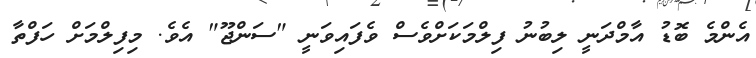
އެންމެ ބޮޑު އާމްދަނީ ލިބުނު ފިލްމަކަށްވެސް ވެފައިވަނީ "ސަންޖޫ" އެވެ. މިފިލްމަށް ހަފްތާ